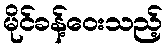
မိုင်ခန့်ဝေးသည့်